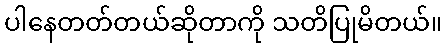
ပါနေတတ်တယ်ဆိုတာကို သတိပြုမိတယ်။